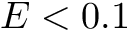
E < 0 . 1